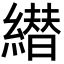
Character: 𦅦